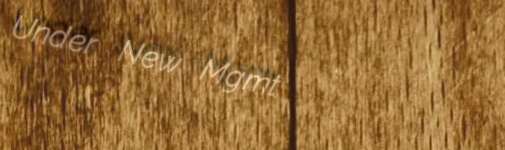
Under New Mgmt